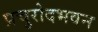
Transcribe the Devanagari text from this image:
प्रचुरोदभवन